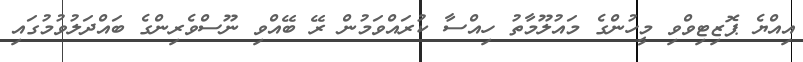
އިއްޔެ ޕޮޒިޓިވްވި މީހުންގެ މައުލޫމާތު ހިއްސާ ކުރައްވަމުން ރޭ ބޭއްވި ނޫސްވެރިންގެ ބައްދަލުވުމުގައި